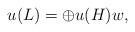
LaTeX: \begin{align*}u(L)= \oplus u(H) w,\end{align*}